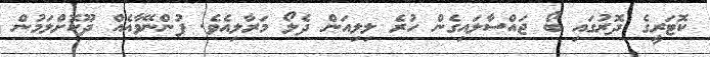
ކޮޓަރީގެ ދޮރުގައި ބޯ ޖައްސާލައިގެން ހުރެ ލިލިއަން ދެލޯ މަރާލިއެވެ. ފުންނޭވާއެއް ދޫކޮށްލަމުން